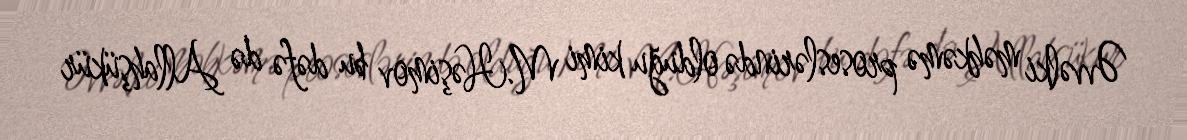
Əvvəlki məhkəmə proseslərində olduğu kimi M.Həşimov bu dəfə də Allahşükür